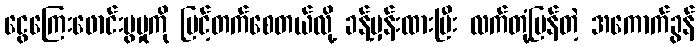
ငွေကြေးဖောင်းပွမှုကို မြင့်တက်စေတယ်လို့ ခန့်မှန်းထားပြီး လက်တုံ့ပြန်တဲ့ အကောက်ခွန်